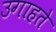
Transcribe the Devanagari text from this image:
उगाहते